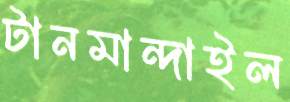
টানমান্দাইল